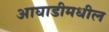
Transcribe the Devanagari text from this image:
आघाडीमधील